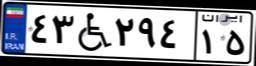
۴۳W۲۹۴۱۵